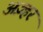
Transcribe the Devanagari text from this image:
अज़्हर